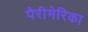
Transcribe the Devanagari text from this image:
पैरीमेरिका